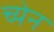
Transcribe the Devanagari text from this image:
च्येन